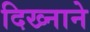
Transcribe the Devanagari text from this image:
दिख्नाने